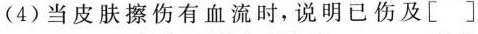
(4)当皮肤擦伤有血流时，说明已伤及[ ]